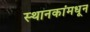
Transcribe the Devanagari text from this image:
स्थानकांमधून